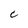
Character: C